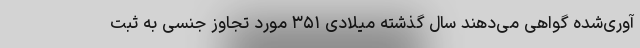
‌آوری‌شده گواهی می‌دهند سال گذشته میلادی ۳۵۱ مورد تجاوز جنسی به ثبت